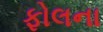
ફોલના